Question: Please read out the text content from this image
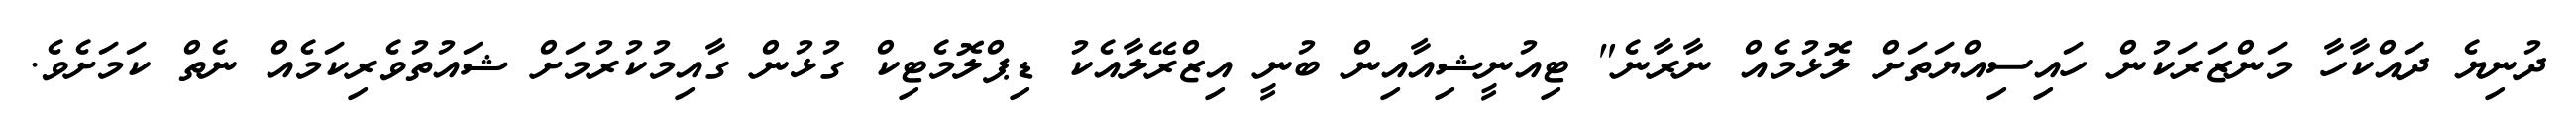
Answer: ދުނިޔެ ދައްކާހާ މަންޒަރަކުން ހައިސިއްޔަތަށް ލޮޅުމެއް ނާރާނެ" ޓިއުނީޝިއާއިން ބުނީ އިޒްރޭލާއެކު ޑިޕްލޮމެޓިކް ގުޅުން ގާއިމުކުރުމަށް ޝައުތުވެރިކަމެއް ނެތް ކަމަށެވެ.